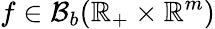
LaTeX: f\in\mathcal{B}_{b}(\mathbb{R}_{+}\times\mathbb{R}^{m})